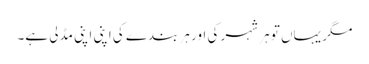
مگر یہاں تو ہر شہر کی اور ہر بندے کی اپنی اپنی مڈلی ہے۔